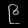
Digit: ၉